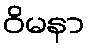
ဝိမနာ